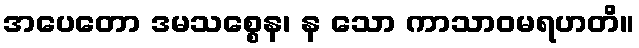
အပေတော ဒမသစ္စေန၊ န သော ကာသာဝမရဟတိ။